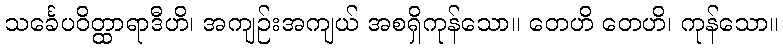
သင်္ခေပဝိတ္ထာရာဒီဟိ၊ အကျဉ်းအကျယ် အစရှိကုန်သော။ တေဟိ တေဟိ၊ ကုန်သော။